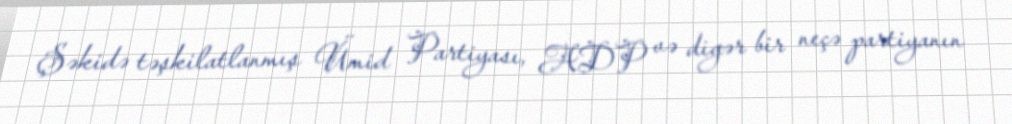
Şəkidə təşkilatlanmış Ümid Partiyası, ADP və digər bir neçə partiyanın